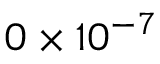
0 \times 1 0 ^ { - 7 }